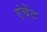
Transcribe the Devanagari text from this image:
एंचेंट